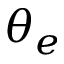
\theta _ { e }